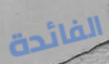
الفائدة